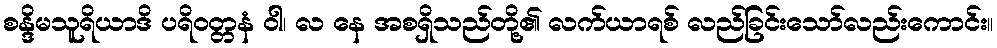
စန္ဒိမသူရိယာဒိ ပရိဝတ္တနံ ဝါ၊ လ နေ အစရှိသည်တို့၏ လက်ယာရစ် လည်ခြင်းသော်လည်းကောင်း။